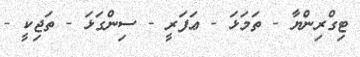
ޓިގްރިންޔާ - ތަމަޅަ - ޢަފަރީ - ސިންގަޅަ - ތަޖިކީ -